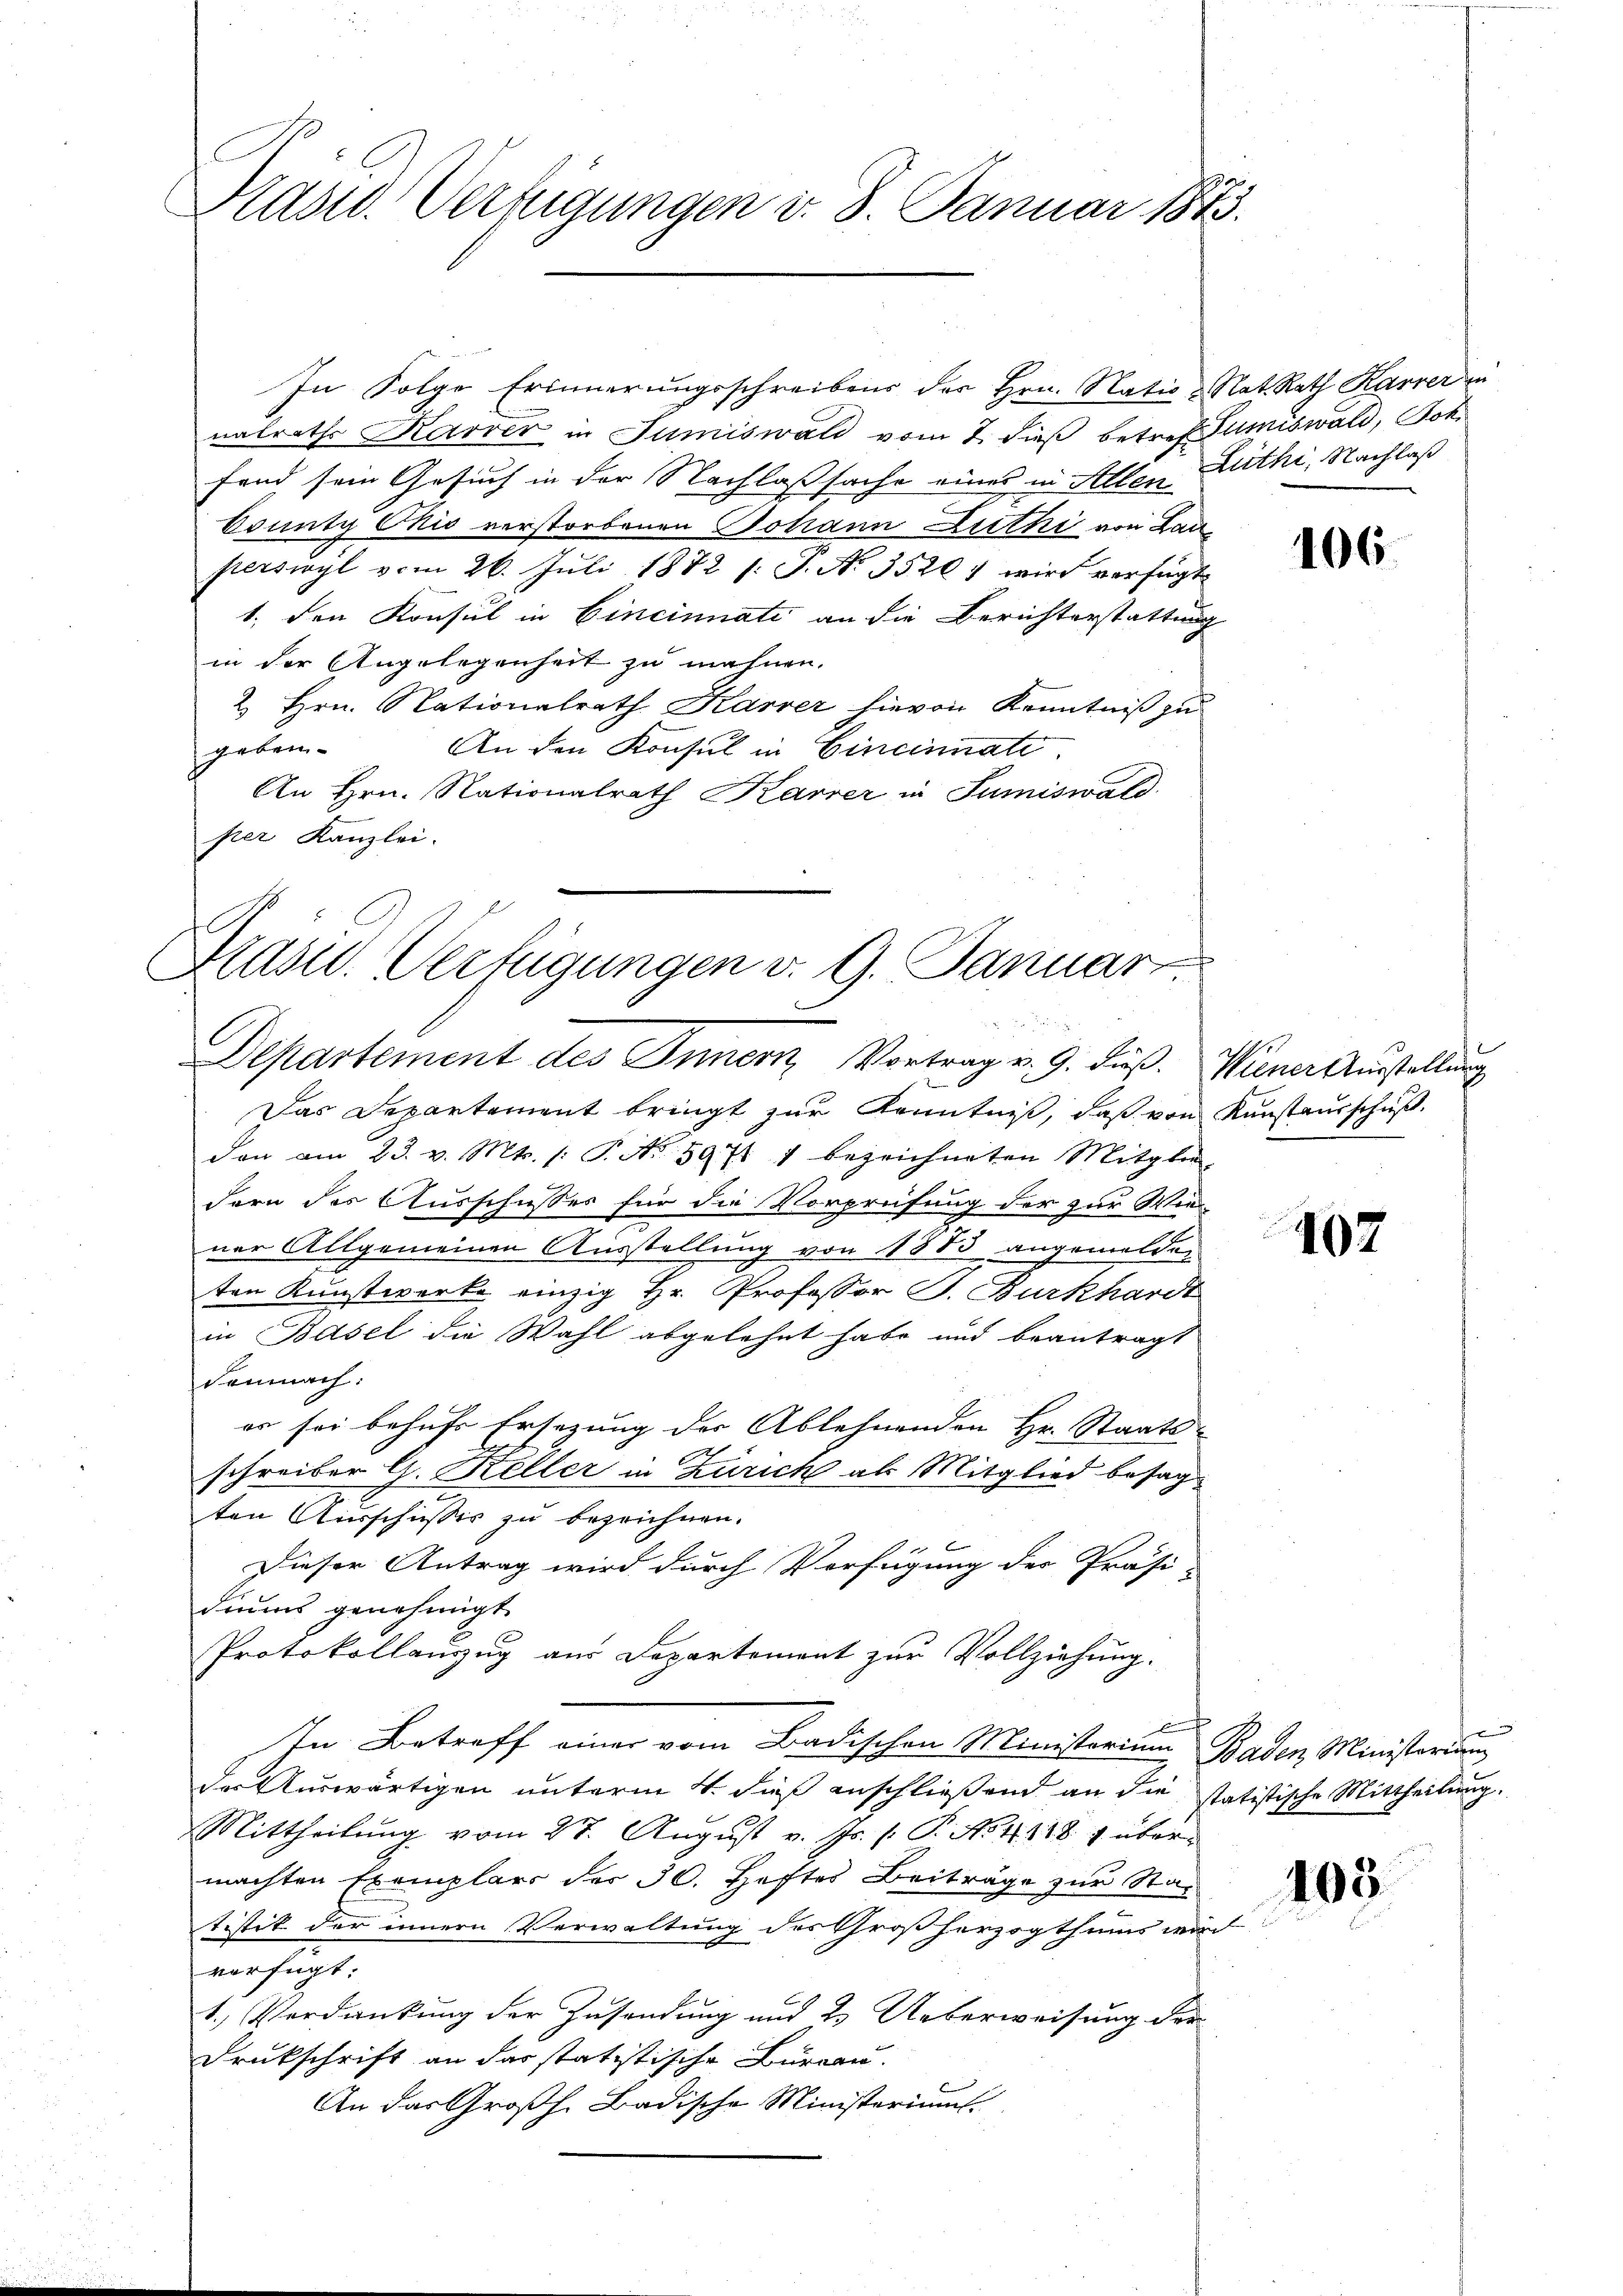
Nasso Verfügungen d. 8. Januar 1873.

In Folge Erinnerungsschreibens der Hrn. Natio & Nat. Rath Karrer in
nalraths Karrer in Jumiswald vom 2. dieß betreffumiswald, Joh
fand sein Gesuch in der Nachlaßsache eines in Allen Zuthi, Nachlaß
County Ckić verstorbenen Johann Litki von Lauperswyl vom 26. Juli 1882 (: S. No 35201 wird verfügt
1. den Konsul in Cincinnati an die Berichterstattung
in der Angelegenheit zu mahnen.
2 Hrn. Nationalrath Karrer hievon Kenntniß zu
geben.
An den Konsul in Cincinnate.
An Hrn. Nationalrath Karrer in Sumiswald
per Kanzlei.

Kras. Verfügungen v. 9. Januar
.
Departement des Innern Vortrag v. 9. dieß. Wiener Ausstellung

Das Departement bringt zur Kenntniß, daß von Kunstausschuß.
dan am 23. v. Mts. /: P. Nr. 597 1 bezeichneten Mitglie-
fern des Ausschusses für die Vorprüfung der zur Wiener Allgemeinen Ausstellung von 1883 angemelden
ten Kunstwerke einzig Hr. Professor J. Burkhardt
in Basel die Wahl abgelehnt habe und beantragt
demnach:
er sei behufs Ersezung der Ablehnenden Hr. Staats-
schreiber G. Keller in Zürich als Mitglied besagten Ausschußes zu bezeichnen.
Dieser Antrag wird durch Verfügung der Präsi-
diums genehmigt.
Protokollauzug aus Departement zur Vollziehung.
In Betreff einer vom Badischen Ministorium Baden Ministerium
des Auswärtigen unterm 4. daß anschließend an die statistische Mittheilung.
Mittheilung vom 28. August v. Js. /: P. No 41. 118 & übermachten Exemplars der 30. Heftes Beiträge zur Statistik der innern Verwaltung des Großherzogthums wir
verfügt:
1.) Verdankung der Zusendung und 2. Ueberweisung der
Drukschrift an das statitische Bureau.
An das Großh. Badische Ministeriums.

106.

402

103.